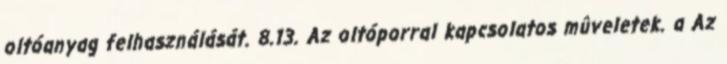
oltóanyag felhasználását. 8.13. Az oltóporral kapcsolatos mûveletek. a Az